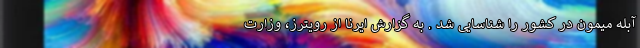
آبله میمون در کشور را شناسایی شد . به گزارش ایرنا از رویترز، وزارت